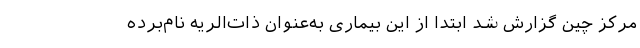
مرکز چین گزارش شد ابتدا از این بیماری به‌عنوان ذات‌الریه نام‌برده